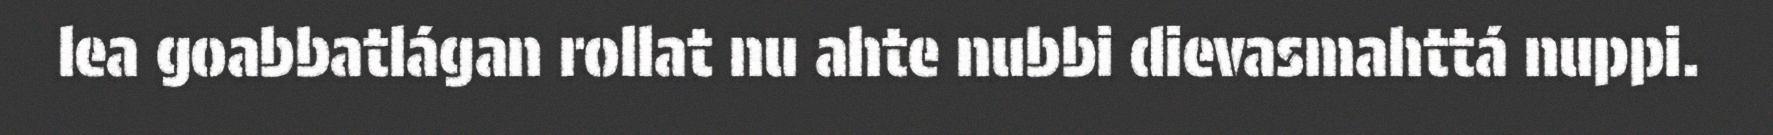
lea goabbatlágan rollat nu ahte nubbi dievasmahttá nuppi.